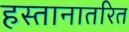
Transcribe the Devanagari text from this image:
हस्तानातरित